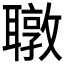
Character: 𬚧